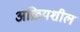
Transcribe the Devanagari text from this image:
अक्रियशील